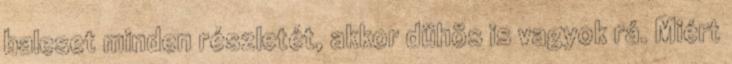
baleset minden részletét, akkor dühös is vagyok rá. Miért